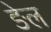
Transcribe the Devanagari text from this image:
ङेल